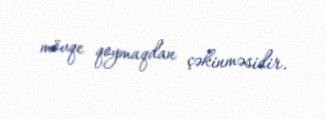
mövqe qoymaqdan çəkinməsidir.